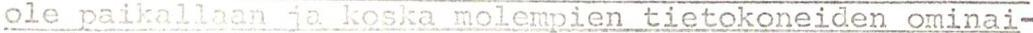
ole paikallaan ja koska molempien tietokoneiden ominai-